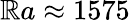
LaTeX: {\mathbb{R}a\approx1575}